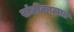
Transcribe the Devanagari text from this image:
संधीकाळात